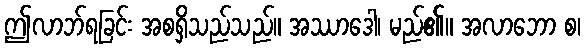
ဤလာဘ်ရခြင်း အစရှိသည်သည်။ အဿာဒေါ၊ မည်၏။ အလာဘော စ၊